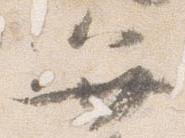
弁